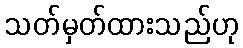
သတ်မှတ်ထားသည်ဟု